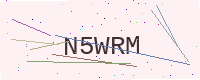
Text: N5WRM